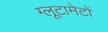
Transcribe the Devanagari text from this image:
ग्लूटामेटों